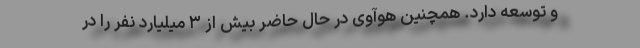
و توسعه دارد. همچنین هوآوی در حال حاضر بیش از ۳ میلیارد نفر را در